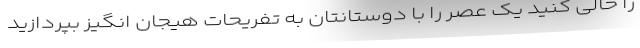
را خالی کنید یک عصر را با دوستانتان به تفریحات هیجان انگیز بپردازید